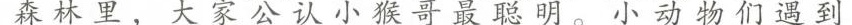
森林里。大冢公认小猴哥最聪明。小动物们遇到